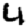
Digit: 4